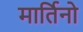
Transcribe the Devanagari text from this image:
मार्तिनो